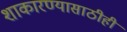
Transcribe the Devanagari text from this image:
शाकारण्यासाठीही